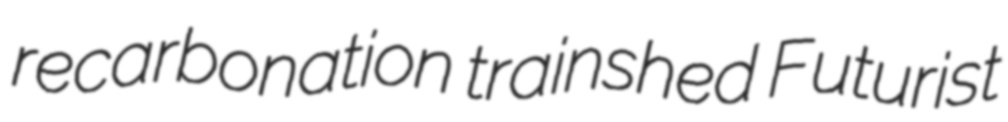
recarbonation trainshed Futurist